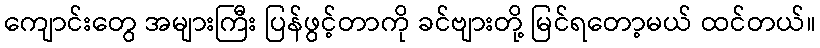
ကျောင်းတွေ အများကြီး ပြန်ဖွင့်တာကို ခင်ဗျားတို့ မြင်ရတော့မယ် ထင်တယ်။